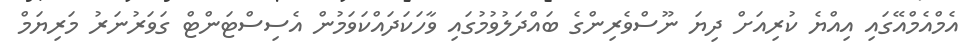
އެމްއެމްއޭގައި އިއްޔެ ކުރިއަށް ދިޔަ ނޫސްވެރިންގެ ބައްދަލުވުމުގައި ވާހަކަދައްކަވަމުން އެސިސްޓަންޓް ގަވަރުނަރު މަރިޔަމް